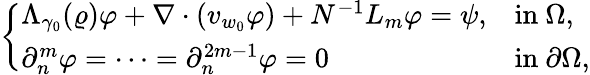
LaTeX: \left\{ \begin{array}{ll}{\Lambda_{\gamma_{0}}(\varrho)\varphi+\nabla\cdot(v_{w_{0}}\varphi)+N^{-1}L_{m}\varphi=\psi,}&{\mathrm{in~}\Omega,}\\ {\partial_{n}^{m}\varphi=\cdots=\partial_{n}^{2m-1}\varphi=0}&{\mathrm{in~}\partial\Omega,}\end{array}\right.